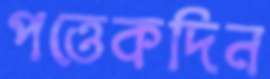
পত্তেকদিন